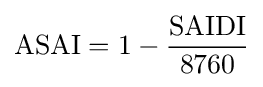
{\mbox{ASAI}}=1-{\frac {\mbox{SAIDI}}{8760}}